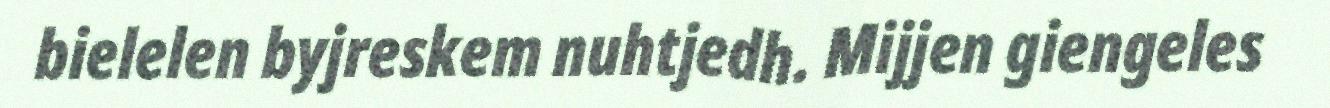
bielelen byjreskem nuhtjedh. Mijjen giengeles